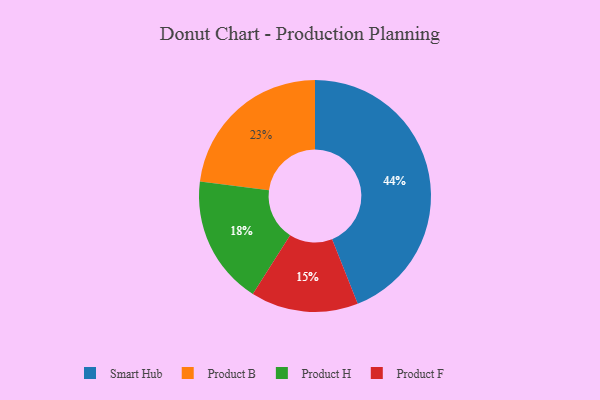
{"axis": {"x": "Category", "y": "Percentage"}, "legend": ["Product B", "Product F", "Product H", "Smart Hub"], "data": [{"x": "Smart Hub", "y": 44, "type": "Smart Hub"}, {"x": "Product B", "y": 23, "type": "Product B"}, {"x": "Product H", "y": 18, "type": "Product H"}, {"x": "Product F", "y": 15, "type": "Product F"}]}